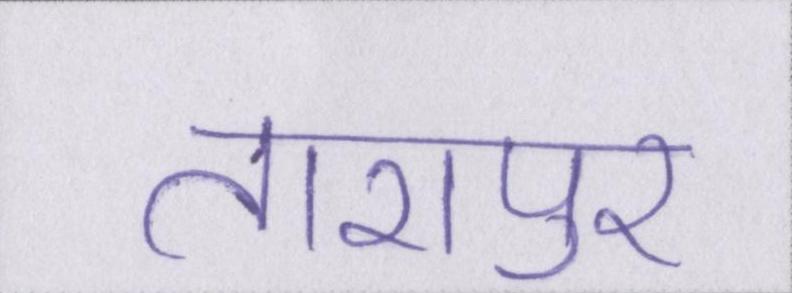
तारापुर